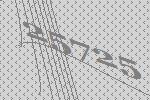
25725